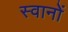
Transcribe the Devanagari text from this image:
स्वानों